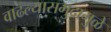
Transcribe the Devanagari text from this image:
वाढल्यासमुद्रामुळे